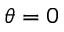
\theta = 0